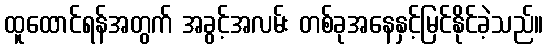
ထူထောင်ရန်အတွက် အခွင့်အလမ်း တစ်ခုအနေနှင့်မြင်နိုင်ခဲ့သည်။